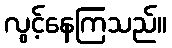
လွင့်နေကြသည်။